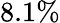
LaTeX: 8.1\%